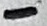
Text: -